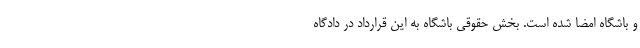
و باشگاه امضا شده است. بخش حقوقی باشگاه به این قرارداد در دادگاه